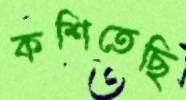
কশিতেছি